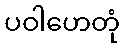
ပဝါဟေတုံ